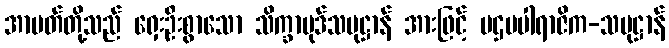
အာပတ်တို့သည် ရှေးဦးစွာသော သိက္ခာပုဒ်သမုဋ္ဌာန် အားဖြင့် ပဌမပါရာဇိက-သမုဋ္ဌာန်